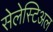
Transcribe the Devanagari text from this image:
सेलेस्टिअल